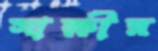
সাক্ষীর